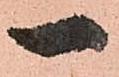
一